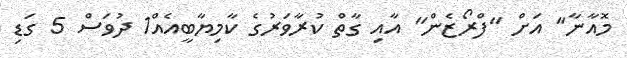
މޮއާނާ" އަށް "ފްރޯޒެން" އާއި ގާތް ކުރާވަރުގެ ކާމިޔާބީއެއް1 ދުވަސް 5 ގަޑި